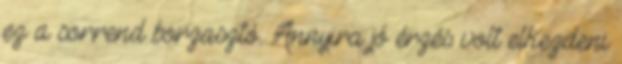
ez a sorrend borzasztó. Annyira jó érzés volt elkezdeni